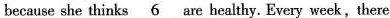
because she thinks \underline{6} are healthy. Every week,there